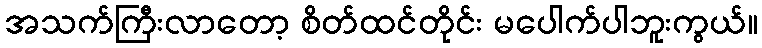
အသက်ကြီးလာတော့ စိတ်ထင်တိုင်း မပေါက်ပါဘူးကွယ်။